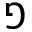
\Game